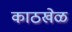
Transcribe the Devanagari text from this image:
काठखेळ